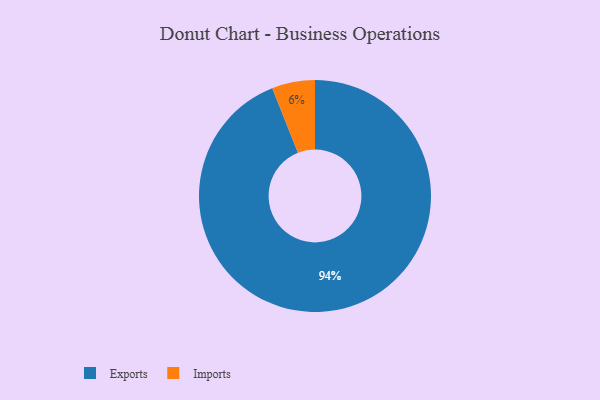
{"axis": {"x": "Category", "y": "Percentage"}, "legend": ["Exports", "Imports"], "data": [{"x": "Exports", "y": 94, "type": "Exports"}, {"x": "Imports", "y": 6, "type": "Imports"}]}